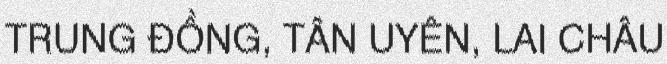
TRUNG ĐỒNG, TÂN UYÊN, LAI CHÂU